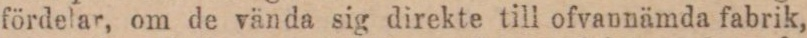
fördelar, om de vända sig direkte till ofvannämda fabrik,